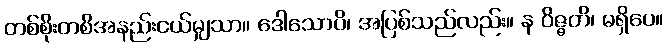
တစ်စိုးတစိအနည်းငယ်မျှသာ။ ဒေါသောပိ၊ အပြစ်သည်လည်း။ န ဝိဇ္ဇတိ၊ မရှိပေ။